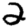
Digit: 2